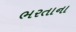
ભરતાના